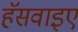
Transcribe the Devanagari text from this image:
हॅसवाइए